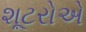
શૂટરોએ